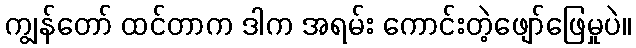
ကျွန်တော် ထင်တာက ဒါက အရမ်း ကောင်းတဲ့ဖျော်ဖြေမှုပဲ။